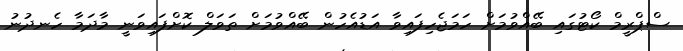
ސްޕްރީމް ކޯޓުގައި ބޭއްވުމަށް ހަމަޖެހިފައިވާ އަޑުއެހުން ބޭއްވުމަށް ތަވަލް ކޮށްފައިވަނީ މާދަމާ ހެނދުނު